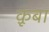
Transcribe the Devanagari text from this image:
क़ूबा